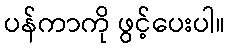
ပန်ကာကို ဖွင့်ပေးပါ။